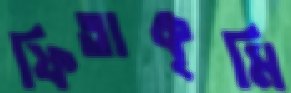
ফিতাকৃমি